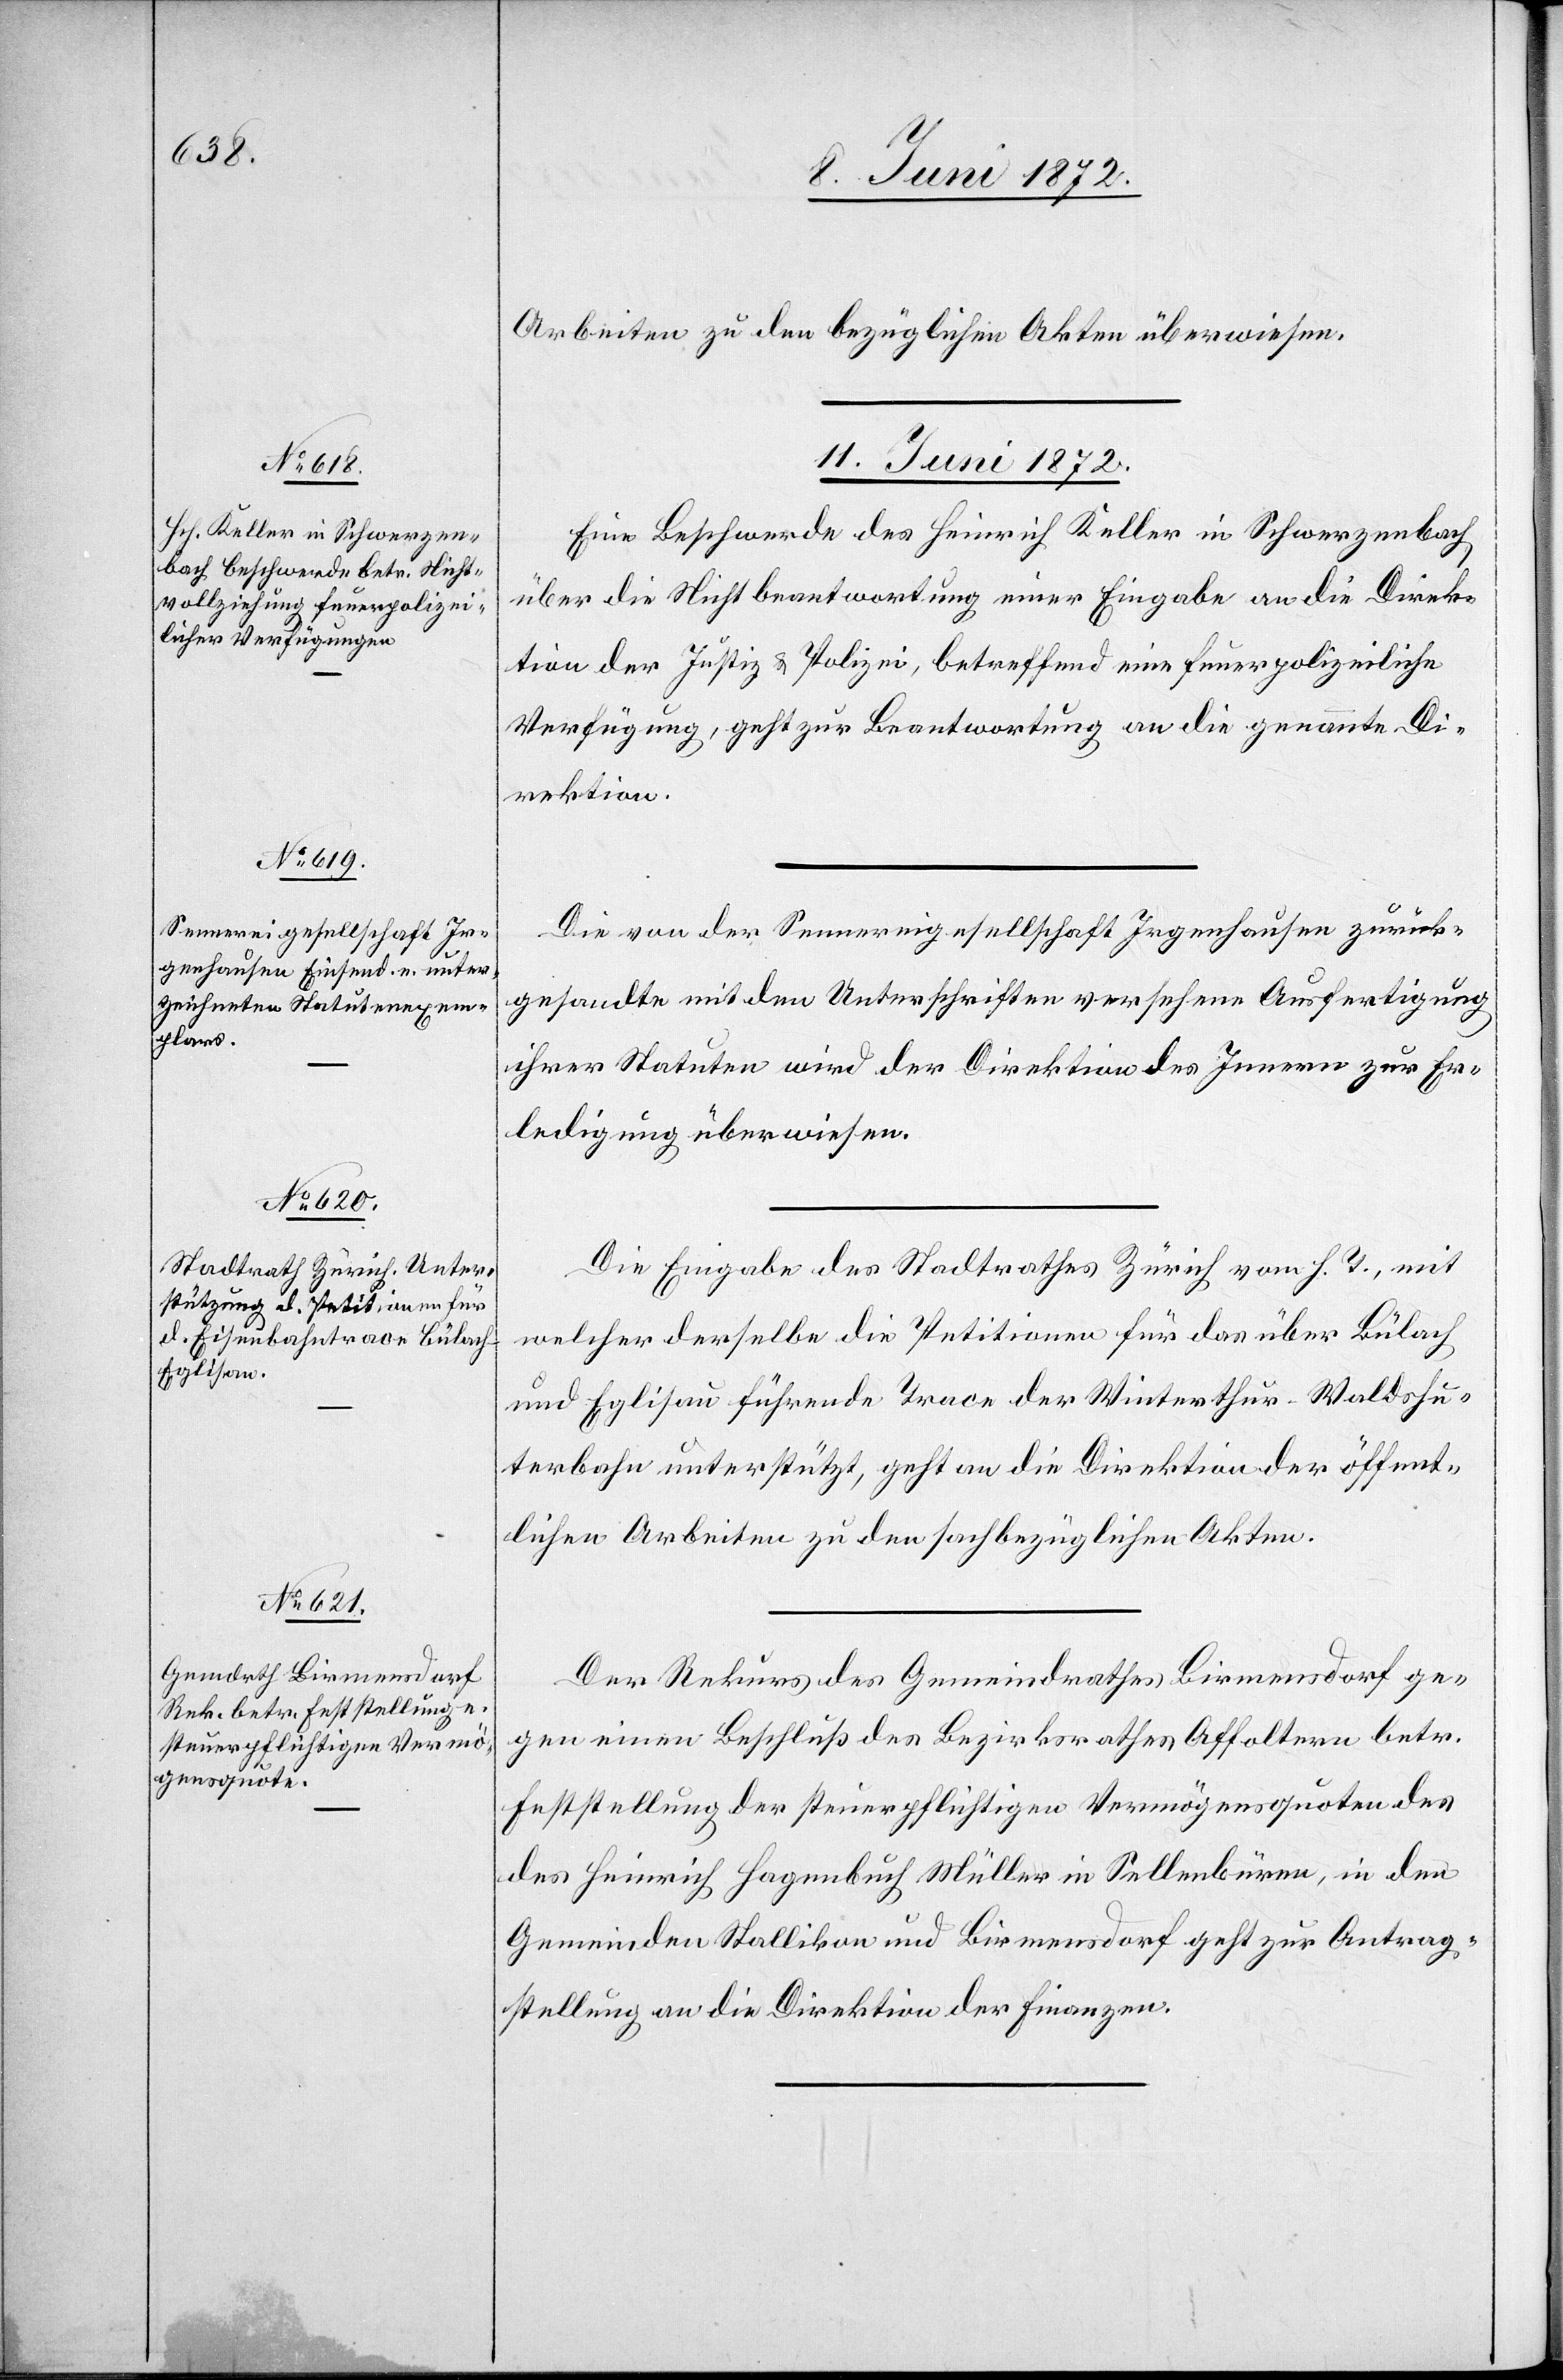
Arbeiten zu den bezüglichen Akten überwiesen.
11. Juni 1872.]
Eine Beschwerde des Heinrich Keller in Schwerzenbach
über die Nichtbeantwortung einer Eingabe an die Direk¬
tion der Justiz u. Polizei, betreffend eine feuerpolizeiliche
Verfügung, geht zur Beantwortung an die genannte Di¬
rektion.
Die von der Sennereigesellschaft Irgenhausen zurück¬
gesandte mit den Unterschriften versehene Ausfertigung
ihrer Statuten wird der Direktion des Innern zur Er¬
ledigung überwiesen.
Die Eingabe des Stadtrathes Zürich vom h. T., mit
welcher derselbe die Petitionen für das über Bülach
und Eglisau führende Trace der Winterthur–Waldshu¬
terbahn unterstützt, geht an die Direktion der öffent¬
lichen Arbeiten zu den sachbezüglichen Akten.
Der Rekurs des Gemeindrathes Birmensdorf ge¬
gen einen Beschluß des Bezirksrathes Affoltern betr.
Feststellung der steuerpflichtigen Vermögensquoten des
Heinrich Hagenbuch[,] Müller in Sellenbüren, in den
Gemeinden Stallikon und Birmensdorf[,] geht zur Antrag¬
stellung an die Direktion der Finanzen.